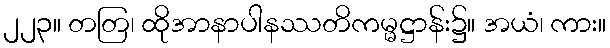
၂၂၃။ တတြ၊ ထိုအာနာပါနဿတိကမ္မဋ္ဌာန်း၌။ အယံ၊ ကား။